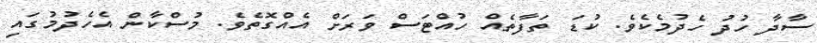
ސާދާ ހުދު ހެދުމެކެވެ. ކުޑަ ތަފާތެއް ހުއްޓަސް ވަރަށް އެއްގޮތެވެ. މުސްކާން އެހެދުމުގައި